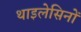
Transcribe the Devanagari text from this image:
थाइलेसिनों